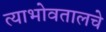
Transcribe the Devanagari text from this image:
त्याभोवतालचे